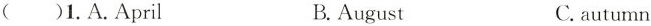
( )1.A.April B.August C.autumn